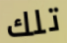
تلك